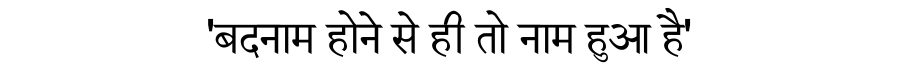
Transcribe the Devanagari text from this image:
'बदनाम होने से ही तो नाम हुआ है'